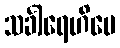
သင်္ခါရေဟိပေ